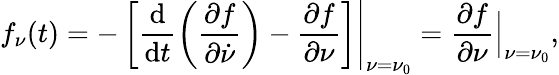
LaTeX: f_{\nu}(t)=-\left[\frac{\mathrm{d}}{\mathrm{d}t}\left(\frac{\partial f}{\partial\dot{\nu}}\right)-\frac{\partial f}{\partial\nu}\right]\Bigg\rvert_{\nu=\nu_{0}}=\frac{\partial f}{\partial\nu}\Big\rvert_{\nu=\nu_{0}},